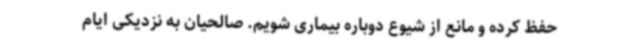
حفظ کرده و مانع از شیوع دوباره بیماری شویم. صالحیان به نزدیکی ایام